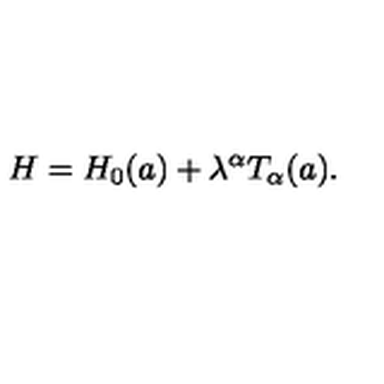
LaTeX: H = H _ { 0 } ( a ) + \lambda ^ { \alpha } T _ { \alpha } ( a ) .